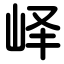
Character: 峄